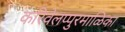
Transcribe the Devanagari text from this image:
करिवेलप्पुरमाळिका